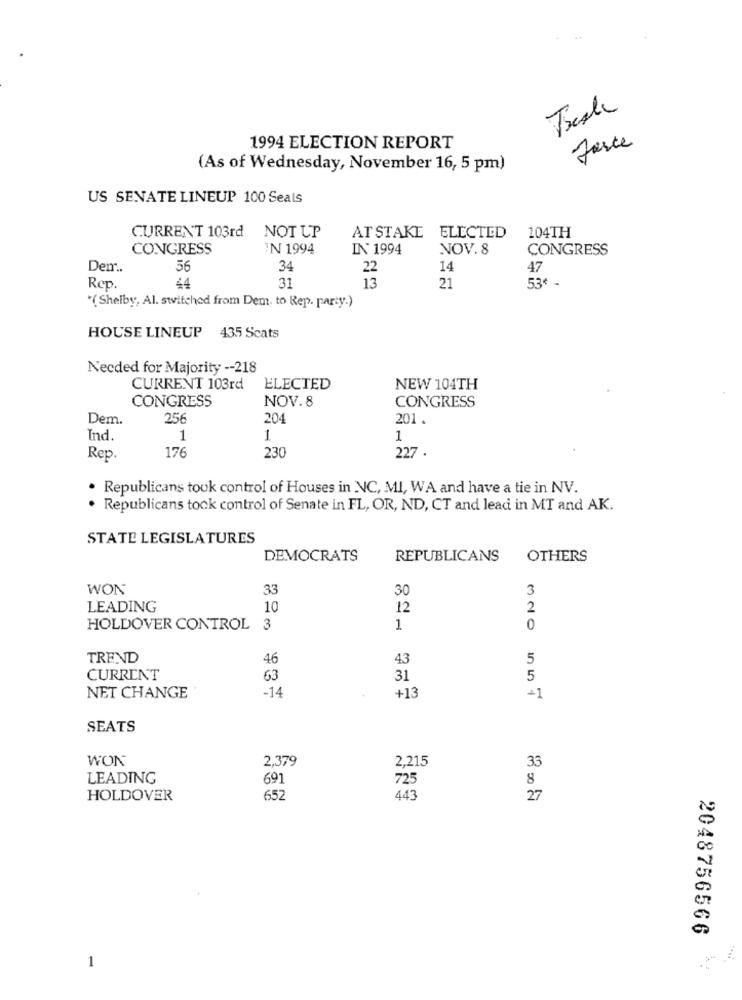
Farce
1994 ELECTION REPORT
(As of Wednesday, November 16, 5 pm)
US SENATE LINEUP 100 Seals
CURRENT 103rd NOT UP
AT STAKE
ELECTED
104TH
CONGRESS
IN 1994
IN 1994
NOV. 8
CONGRESS
Dem ..
56
34
22
14
47
Rep.
44
31
13
21
53€-
"( Shelby, Al. switched from Dem. to Rep. party.)
HOUSE LINEUP 435 Scats
Needed for Majority -- 218
CURRENT 103rd
ELECTED
NEW 104TH
CONGRESS
NOV. 8
CONGRESS
Dem.
256
204
201.
Ind.
1
1
1
Rep.
176
230
227
· Republicans took control of Houses in NC, MI, WA and have a tie in NV.
. Republicans took control of Senate in FL, OR, ND, CT and lead in MT and AK.
STATE LEGISLATURES
DEMOCRATS
REPUBLICANS
OTHERS
WON
33
30
3
LEADING
10
12
2
HOLDOVER CONTROL 3
1
0
TREND
46
43
5
CURRENT
63
31
5
-14
+13
NET CHANGE
+1
SEATS
WON
2,379
2,215
33
LEADING
691
725
HOLDOVER
652
443
27
2048756566
1